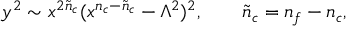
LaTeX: y ^ { 2 } \sim x ^ { 2 { \tilde { n } } _ { c } } ( x ^ { n _ { c } - { \tilde { n } } _ { c } } - \Lambda ^ { 2 } ) ^ { 2 } , \qquad { \tilde { n } } _ { c } = n _ { f } - n _ { c } ,